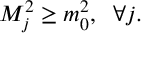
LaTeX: M _ { j } ^ { 2 } \geq m _ { 0 } ^ { 2 } , \; \; \forall j .